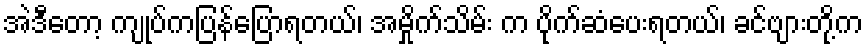
အဲဒီတော့ ကျုပ်ကပြန်ပြောရတယ်၊ အမှိုက်သိမ်း က ပိုက်ဆံပေးရတယ်၊ ခင်ဗျားတို့က